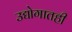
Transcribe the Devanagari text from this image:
उद्योगातही